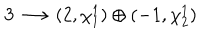
{ \bf 3 } \longrightarrow ( 2 , \chi _ { 1 } ^ { 1 } ) \oplus ( - 1 , \chi _ { 2 } ^ { 1 } )